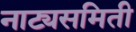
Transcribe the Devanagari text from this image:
नाट्यसमिती